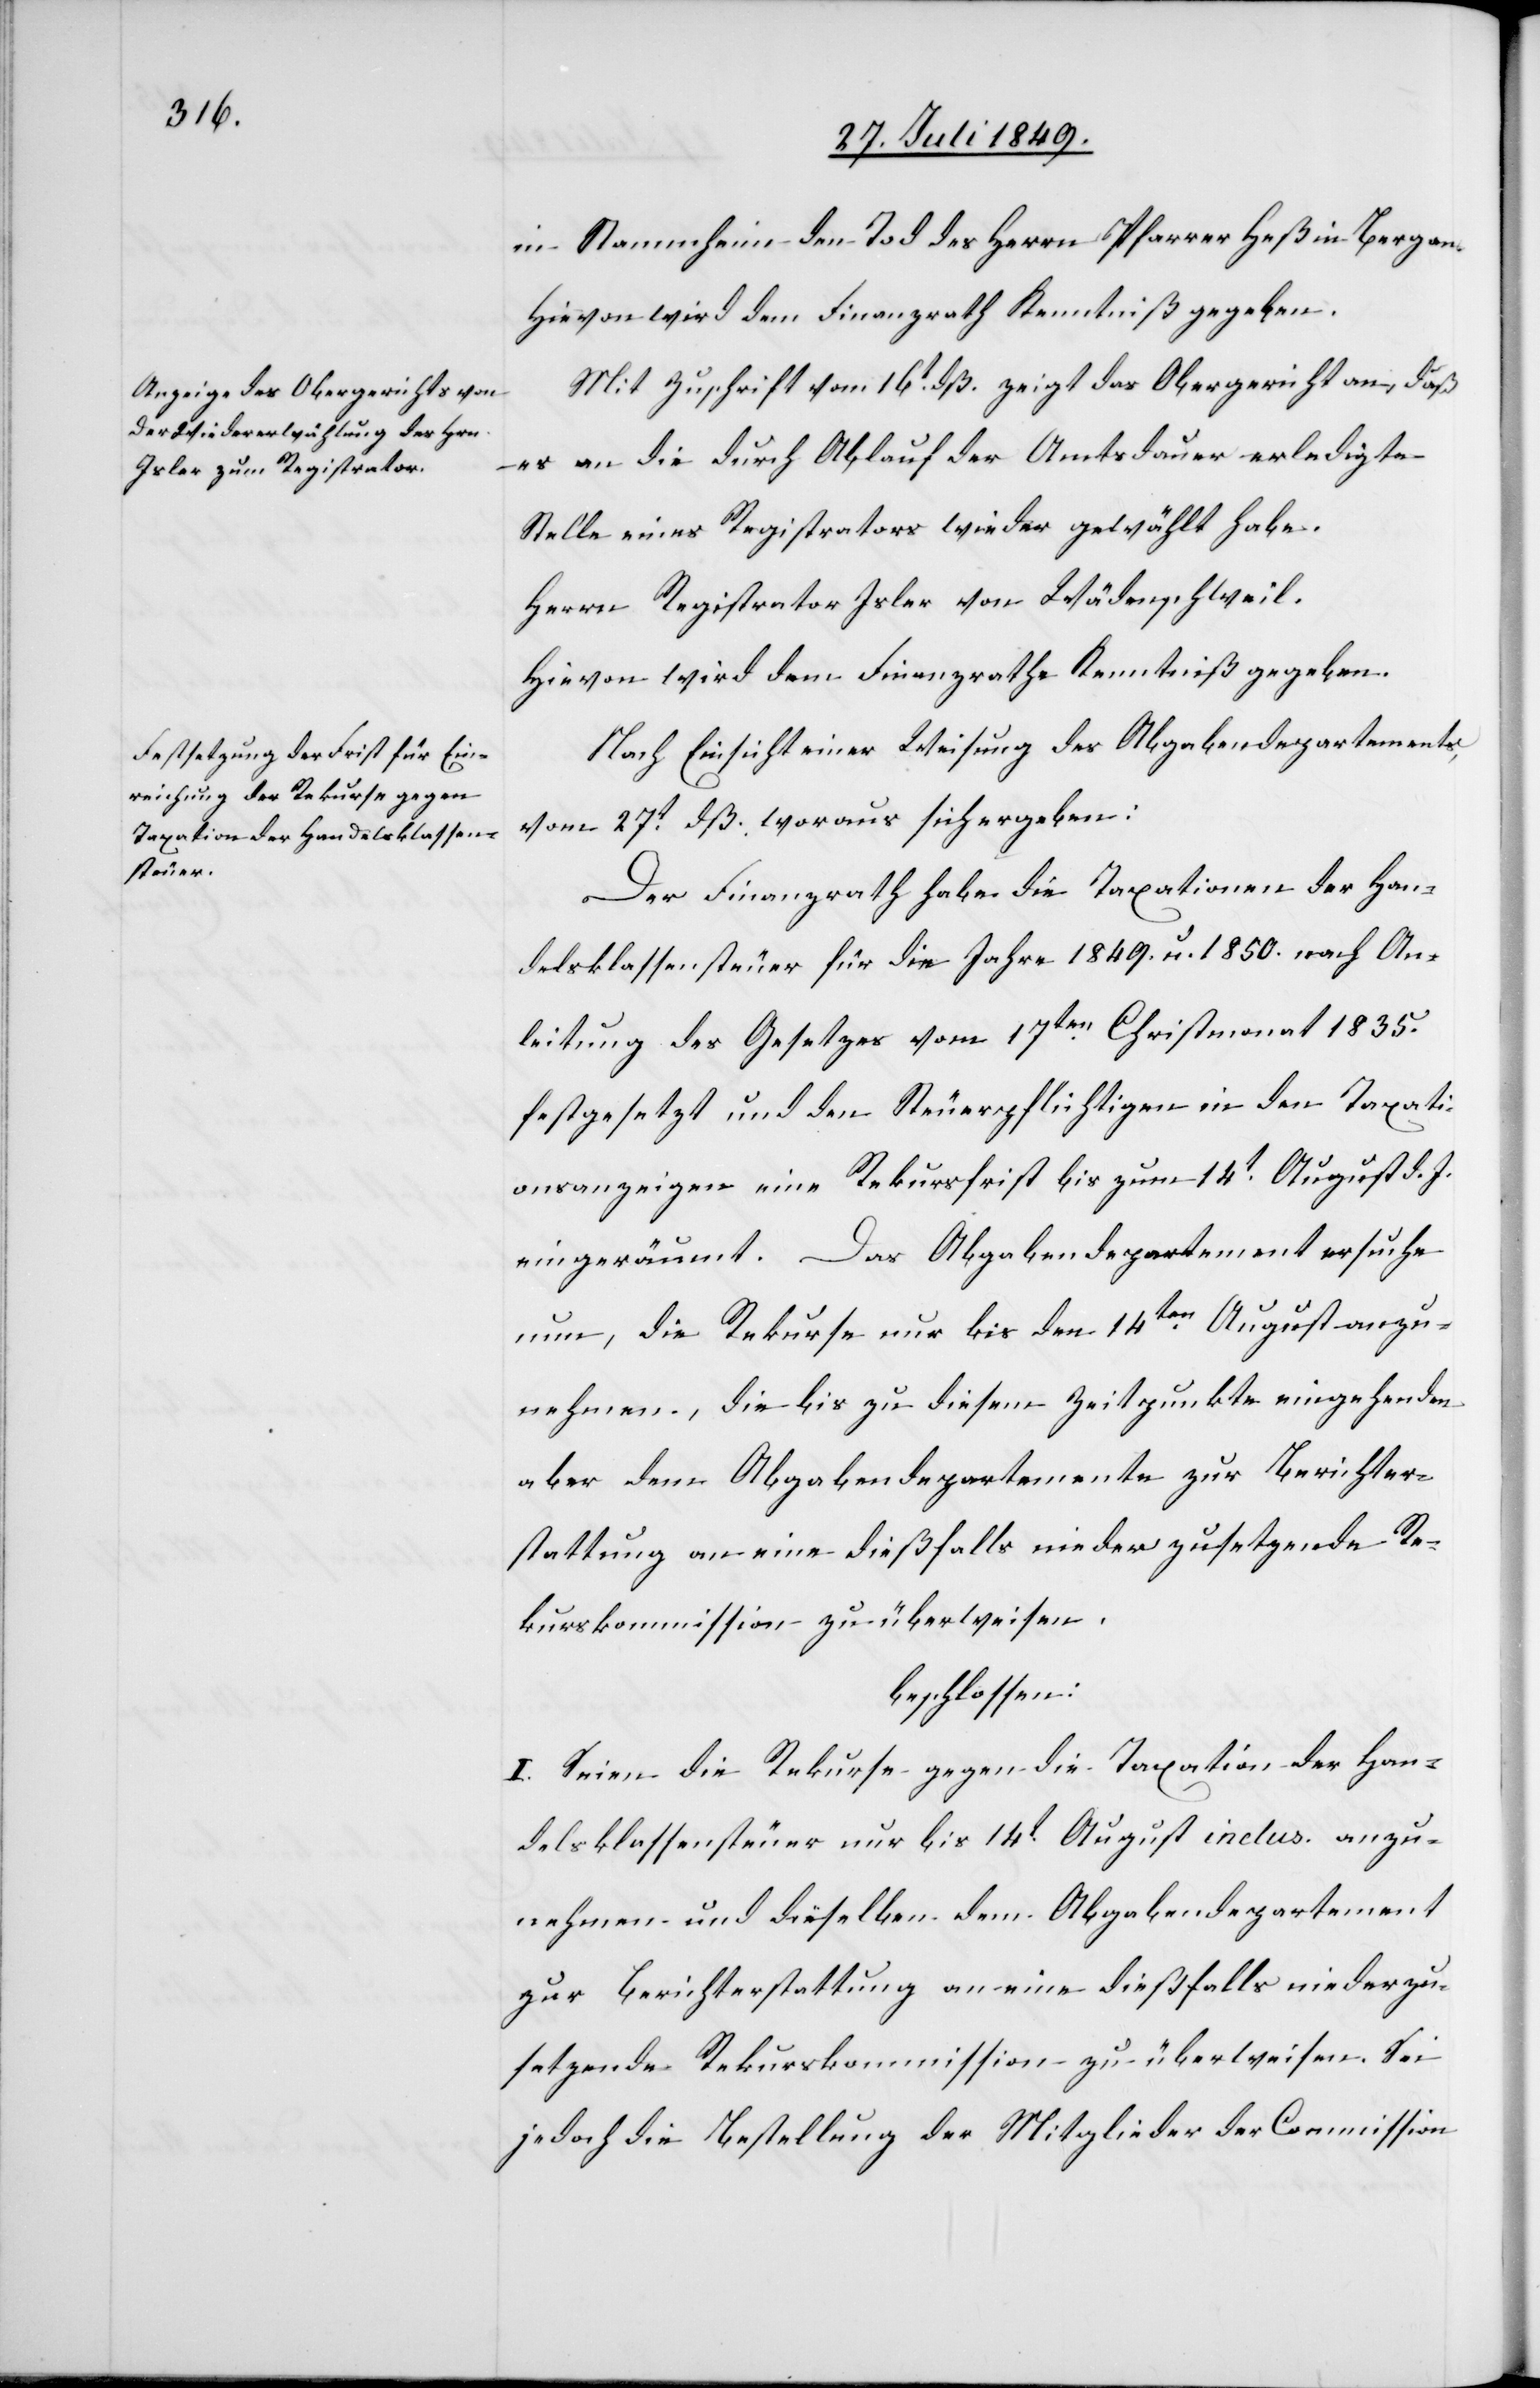
in Stammheim den Tod des Herrn Pfarrer Heß in Berg an.
Hievon wird dem Finanzrath Kenntniß gegeben.
Mit Zuschrift vom 16t dß. zeigt das Obergericht an, daß
es an die durch Ablauf der Amtsdauer erledigte
Stelle eines Registrators wieder gewählt habe.
Herrn Registrator Isler von Wädenschweil.
Hievon wird dem Finanzrathe Kenntniß gegeben.
Nach Einsicht einer Weisung des Abgabendepartements,
vom 27t dß. woraus sich ergeben:
Der Finanzrath habe die Taxationen der Han¬
delsklassensteuer für die Jahre 1849. u. 1850. nach An¬
leitung des Gesetzes vom 17ten Christmonat 1835.
festgesetzt und den Steuerpflichtigen in den Taxati¬
onsanzeige eine Rekursfrist bis zum 14t August d. J.
eingeräumt. Das Abgabendepartement ersuche
nun, die Rekurse nur bis den 14ten August anzu¬
nehmen, die bis zu diesem Zeitpunkte eingehenden
aber dem Abgabendepartemente zur Berichter¬
stattung an eine dießfalls niederzusetzende Re¬
kurscommission zu überweisen.
beschlossen:
I. Seien die Rekurse gegen die Taxation der Han¬
delsklassensteuer nur bis 14t August inclus. anzu¬
nehmen und dieselben dem Abgabendepartement
zur Berichterstattung an eine dießfalls niederzu¬
setzende Rekurskommission zu überweisen. Sei
jedoch die Bestellung der Mitglieder der Commission